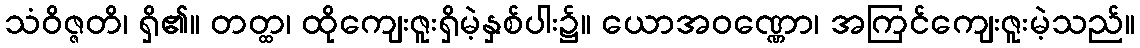
သံဝိဇ္ဇတိ၊ ရှိ၏။ တတ္ထ၊ ထိုကျေးဇူးရှိမဲ့နှစ်ပါး၌။ ယောအဝဏ္ဏော၊ အကြင်ကျေးဇူးမဲ့သည်။